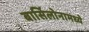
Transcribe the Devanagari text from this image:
बार्सिलोनामध्ये